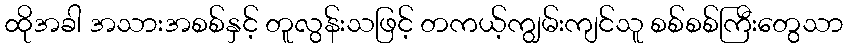
ထိုအခါ အသားအစစ်နှင့် တူလွန်းသဖြင့် တကယ့်ကျွမ်းကျင်သူ စစ်စစ်ကြီးတွေသာ